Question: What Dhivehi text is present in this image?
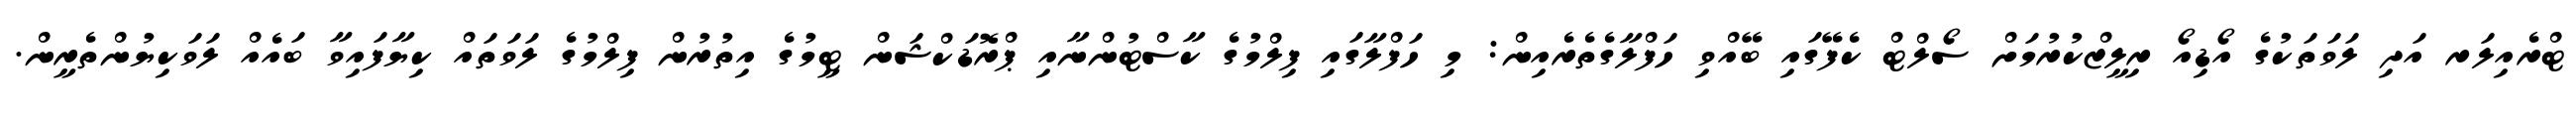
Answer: ޓްރެއިލަރ އަދި ލަވަތަކުގެ އޯޑިއޯ ރިލީޒްކުރުމަށް ސޯލްޓް ކެފޭގައި ބޭއްވި ހަފްލާގެތެރެއިން: މި ހަފްލާގައި ފިލްމުގެ ކާސްޓުންނާއި ޕްރޮޑަކްޝަން ޓީމުގެ އިތުރުން ފިލްމުގެ ލަވަތައް ކިޔާފައިވާ ބައެއް ލަވަކިޔުންތެރީން.